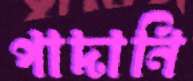
পাদানি